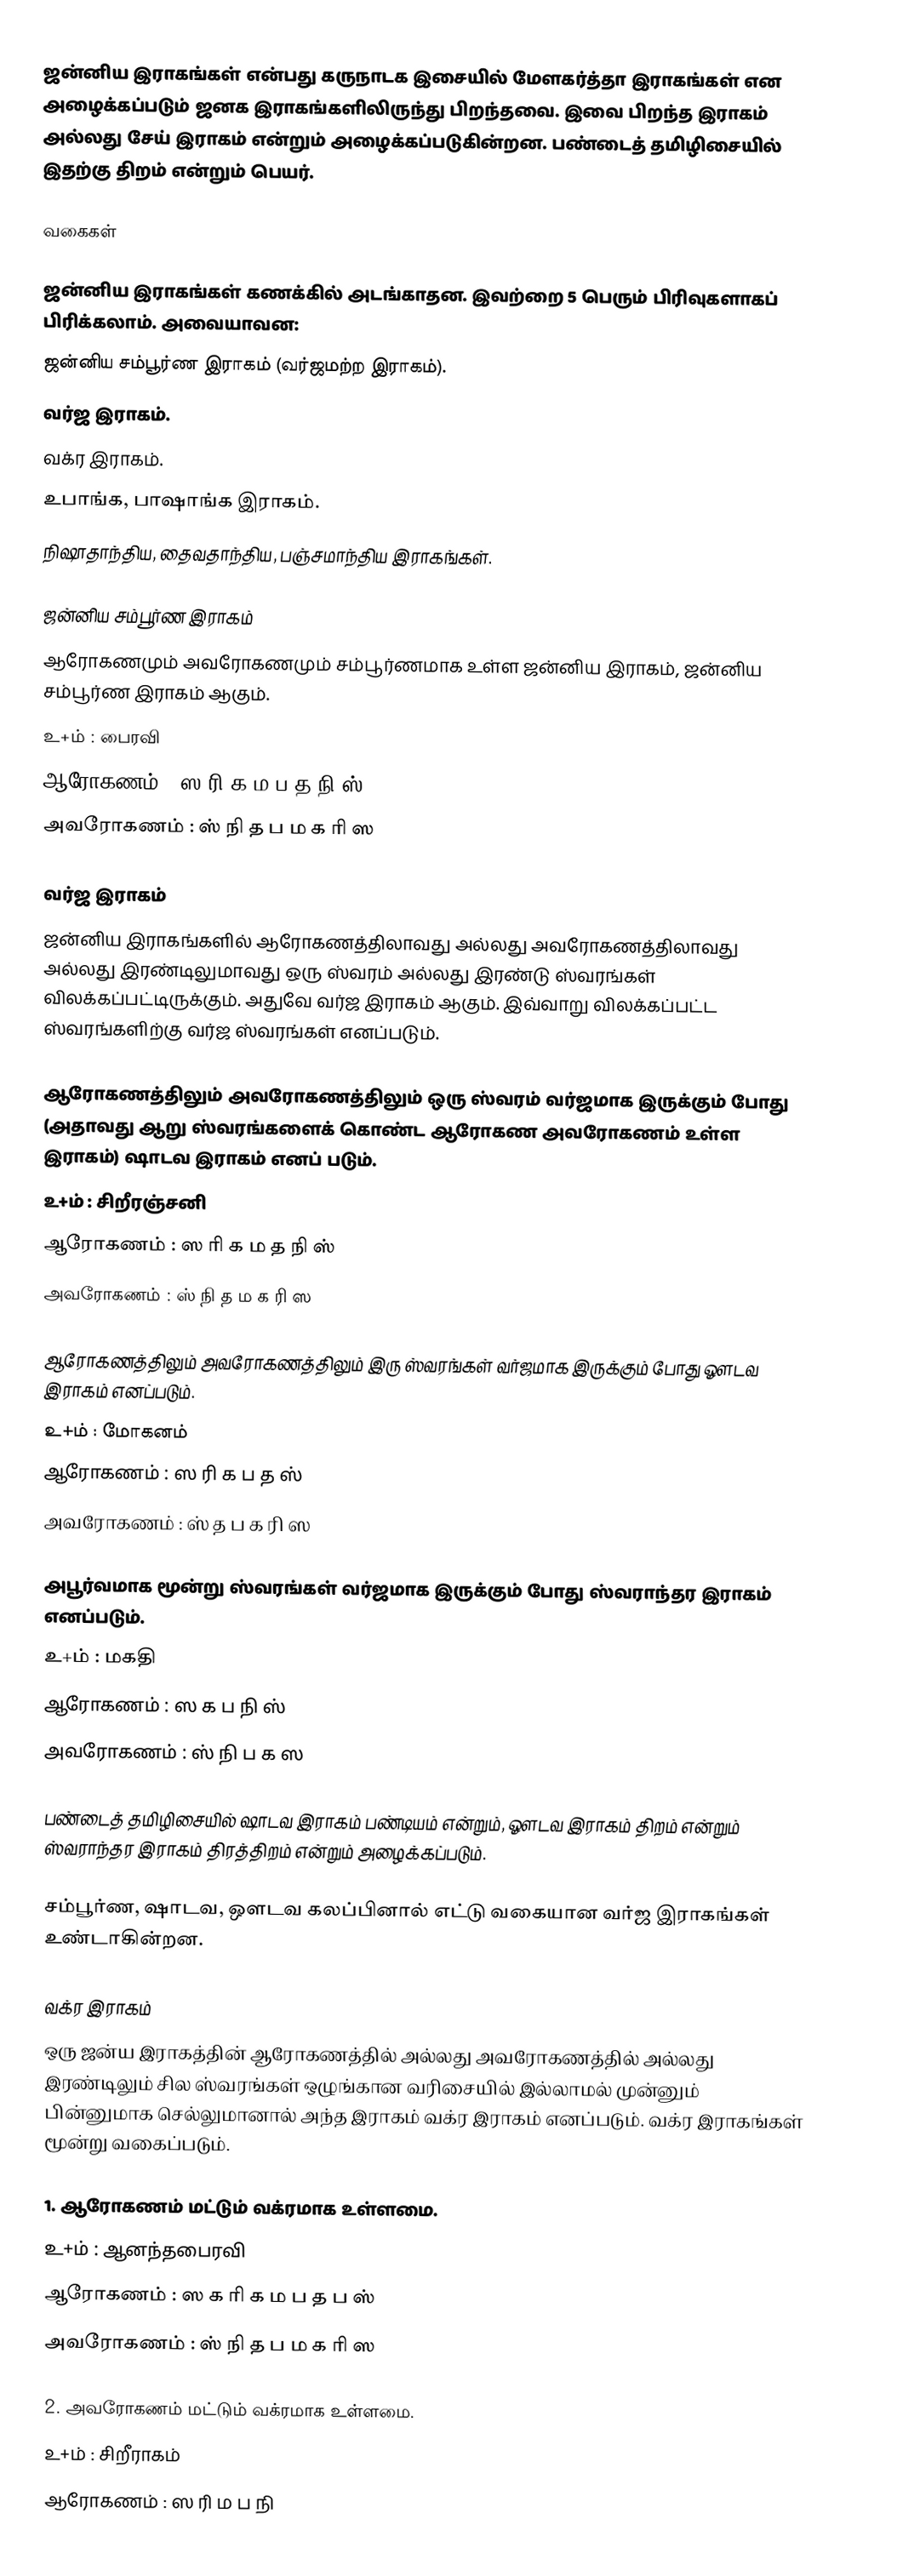
ஜன்னிய இராகங்கள் என்பது கருநாடக இசையில் மேளகர்த்தா இராகங்கள் என அழைக்கப்படும் ஜனக இராகங்களிலிருந்து பிறந்தவை. இவை பிறந்த இராகம் அல்லது சேய் இராகம் என்றும் அழைக்கப்படுகின்றன. பண்டைத் தமிழிசையில் இதற்கு திறம் என்றும் பெயர்.

வகைகள்

ஜன்னிய இராகங்கள் கணக்கில் அடங்காதன. இவற்றை 5 பெரும் பிரிவுகளாகப் பிரிக்கலாம். அவையாவன:
 ஜன்னிய சம்பூர்ண இராகம் (வர்ஜமற்ற இராகம்).
 வர்ஜ இராகம்.
 வக்ர இராகம்.
 உபாங்க, பாஷாங்க இராகம்.
 நிஷாதாந்திய, தைவதாந்திய, பஞ்சமாந்திய இராகங்கள்.

ஜன்னிய சம்பூர்ண இராகம்
ஆரோகணமும் அவரோகணமும் சம்பூர்ணமாக உள்ள ஜன்னிய இராகம், ஜன்னிய சம்பூர்ண இராகம் ஆகும்.
உ+ம் : பைரவி
ஆரோகணம் : ஸ ரி க ம ப த நி ஸ்
அவரோகணம் : ஸ் நி த ப ம க ரி ஸ

வர்ஜ இராகம்
ஜன்னிய இராகங்களில் ஆரோகணத்திலாவது அல்லது அவரோகணத்திலாவது அல்லது இரண்டிலுமாவது ஒரு ஸ்வரம் அல்லது இரண்டு ஸ்வரங்கள் விலக்கப்பட்டிருக்கும். அதுவே வர்ஜ இராகம் ஆகும். இவ்வாறு விலக்கப்பட்ட ஸ்வரங்களிற்கு வர்ஜ ஸ்வரங்கள் எனப்படும்.

ஆரோகணத்திலும் அவரோகணத்திலும் ஒரு ஸ்வரம் வர்ஜமாக இருக்கும் போது (அதாவது ஆறு ஸ்வரங்களைக் கொண்ட ஆரோகண அவரோகணம் உள்ள இராகம்) ஷாடவ இராகம் எனப் படும்.
உ+ம் : சிறீரஞ்சனி
ஆரோகணம் : ஸ ரி க ம த நி ஸ்
அவரோகணம் : ஸ் நி த ம க ரி ஸ

ஆரோகணத்திலும் அவரோகணத்திலும் இரு ஸ்வரங்கள் வர்ஜமாக இருக்கும் போது ஔடவ இராகம் எனப்படும்.
உ+ம் : மோகனம்
ஆரோகணம் : ஸ ரி க ப த ஸ்
அவரோகணம் : ஸ் த ப க ரி ஸ

அபூர்வமாக மூன்று ஸ்வரங்கள் வர்ஜமாக இருக்கும் போது ஸ்வராந்தர இராகம் எனப்படும்.
உ+ம் : மகதி
ஆரோகணம் : ஸ க ப நி ஸ்
அவரோகணம் : ஸ் நி ப க ஸ

பண்டைத் தமிழிசையில் ஷாடவ இராகம் பண்டியம் என்றும், ஔடவ இராகம் திறம் என்றும் ஸ்வராந்தர இராகம் திரத்திறம் என்றும் அழைக்கப்படும்.

சம்பூர்ண, ஷாடவ, ஔடவ கலப்பினால் எட்டு வகையான வர்ஜ இராகங்கள் உண்டாகின்றன.

வக்ர இராகம்
ஒரு ஜன்ய இராகத்தின் ஆரோகணத்தில் அல்லது அவரோகணத்தில் அல்லது இரண்டிலும் சில ஸ்வரங்கள் ஒழுங்கான வரிசையில் இல்லாமல் முன்னும் பின்னுமாக செல்லுமானால் அந்த இராகம் வக்ர இராகம் எனப்படும். வக்ர இராகங்கள் மூன்று வகைப்படும்.

1. ஆரோகணம் மட்டும் வக்ரமாக உள்ளமை.
உ+ம் : ஆனந்தபைரவி
ஆரோகணம் : ஸ க ரி க ம ப த ப ஸ்
அவரோகணம் : ஸ் நி த ப ம க ரி ஸ

2. அவரோகணம் மட்டும் வக்ரமாக உள்ளமை.
உ+ம் : சிறீராகம்
ஆரோகணம் : ஸ ரி ம ப நி